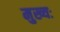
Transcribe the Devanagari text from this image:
मुख्यः